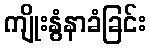
ကျိုးနွံနာခံခြင်း